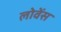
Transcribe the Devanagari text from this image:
लोवेंस